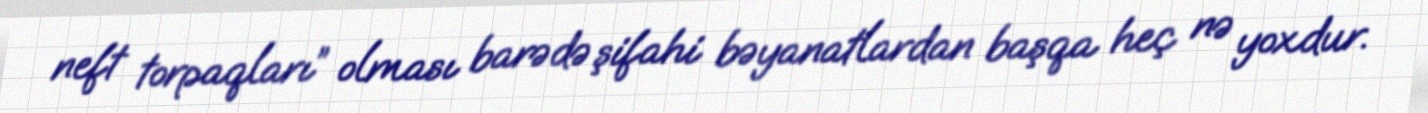
neft torpaqları” olması barədə şifahi bəyanatlardan başqa heç nə yoxdur.